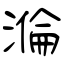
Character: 溣